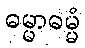
ဓမ္မာဓမ္မံ